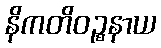
နိကတိဝဉ္စနာယ